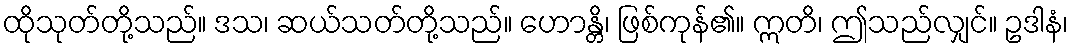
ထိုသုတ်တို့သည်။ ဒသ၊ ဆယ်သတ်တို့သည်။ ဟောန္တိ၊ ဖြစ်ကုန်၏။ ဣတိ၊ ဤသည်လျှင်။ ဥဒါနံ၊